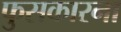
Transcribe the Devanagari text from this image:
फुसकारना